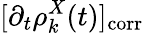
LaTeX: [\partial_{t}\rho_{k}^{X}(t)]_{\mathrm{corr}}